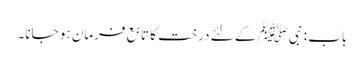
باب : نبیﷺ کے لئے درخت کا تابع فرمان ہو جانا۔